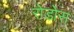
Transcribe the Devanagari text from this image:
रोडोस